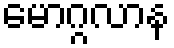
မောဂ္ဂလာန